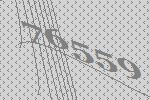
76559